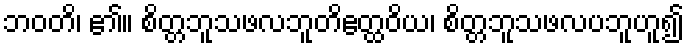
ဘဝတိ၊ ၏။ စိတ္တဘူသဖလဘူတိဧတ္ထဝိယ၊ စိတ္တဘူသဖလပဘူဟူ၍